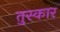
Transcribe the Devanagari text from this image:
तुस्कार